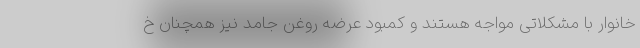
خانوار با مشکلاتی مواجه هستند و کمبود عرضه روغن جامد نیز همچنان خ